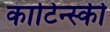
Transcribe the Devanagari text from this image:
काटिन्स्की